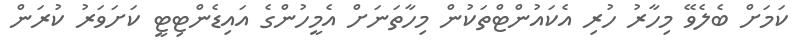
ކަމަށް ބެލެވޭ މިހާރު ހުރި އެކައުންޓްތަކުން މިހާތަނަށް އެމީހުންގެ އައިޑެންޓިޓީ ކަށަވަރު ކުރަން